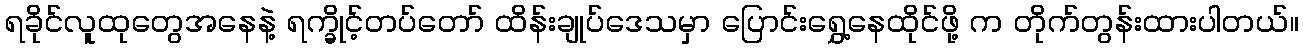
ရခိုင်လူထုတွေအနေနဲ့ ရက္ခိုင့်တပ်တော် ထိန်းချုပ်ဒေသမှာ ပြောင်းရွှေ့နေထိုင်ဖို့ က တိုက်တွန်းထားပါတယ်။